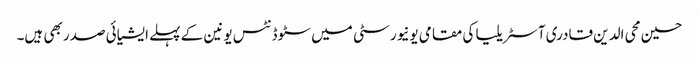
حسین محی الدین قادری آسٹریلیا کی مقامی یونیورسٹی میں سٹوڈنٹس یونین کے پہلے ایشیائی صدر بھی ہیں۔